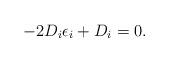
LaTeX: \begin{align*} - 2{D_i}{\epsilon _i} + {D_i} = 0.\end{align*}